Subject: math
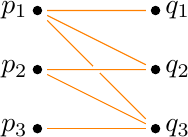
LaTeX code:
\begin{tikzpicture}[scale = 1.5]
    \node (a) at (0,1) {};
    \node (b) at (0,0.5) {};
    \node (c) at (0,0) {};
    \node (ap) at (1,1) {};
    \node (bp) at (1,0.5) {};
    \node (cp) at (1,0) {};

    \node at (0,1) [left] {$ p_1$};
    \node at (0,0.5) [left] {$p_2$};
    \node at (0,0) [left] {$p_3$};
    \node at (1,1) [right] {$q_1$};
    \node at (1,0.5) [right] {$q_2$};
    \node at (1,0) [right] {$q_3$};

    \draw[black, fill] (a) circle (.035);
    \draw[black, fill] (b) circle (.035);
    \draw[black, fill] (c) circle (.035);
    \draw[black, fill] (ap) circle (.035);
    \draw[black, fill] (bp) circle (.035);
    \draw[black, fill] (cp) circle (.035);

    \draw[orange] (a) -- (ap);
    \draw[orange] (a) -- (bp);
    \draw[orange] (a) -- (cp);
        \draw[white, fill] (0.5,0.5) circle (.035);
    \draw[orange] (b) -- (bp);
    \draw[orange] (b) -- (cp);
    \draw[orange] (c) -- (cp);
\end{tikzpicture}